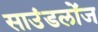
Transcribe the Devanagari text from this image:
साउंडलोंज